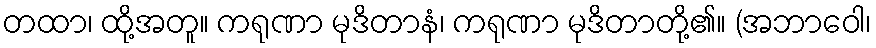
တထာ၊ ထို့အတူ။ ကရုဏာ မုဒိတာနံ၊ ကရုဏာ မုဒိတာတို့၏။ (အဘာဝေါ၊